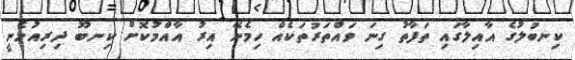
ކިނބުލުގެ އާއިލާގައި ތަފާތު ގިނަ ވައްތަރުތަކެއް ހިމެނޭ އިރު އާއްމުކޮށް ކިނބޫ ދިރިއުޅެނީ